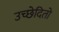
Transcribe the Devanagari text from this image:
उच्छेदितो